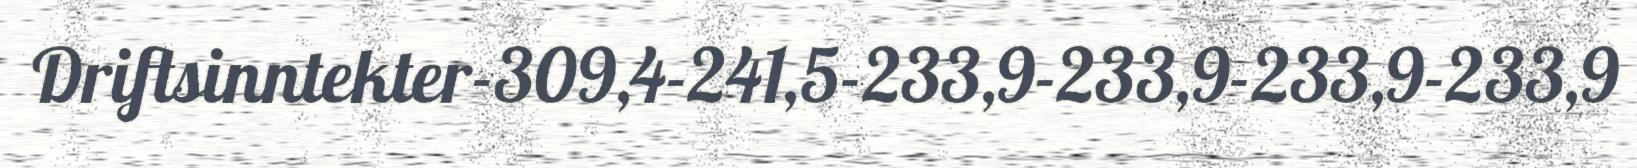
Driftsinntekter-309,4-241,5-233,9-233,9-233,9-233,9